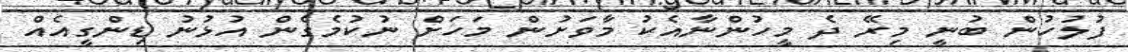
ފުލުހުން ބުނީ މިރޭ ދެ މީހުންނާއެކު މާވަށުން މަހަށް ނުކުމެގެން އުޅުނު ޑިންގީއެއް